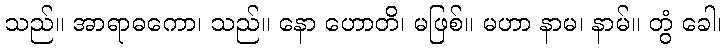
သည်။ အာရာဓကော၊ သည်။ နော ဟောတိ၊ မဖြစ်။ မဟာ နာမ၊ နာမ်။ တွံ ခေါ၊